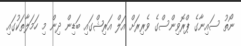
ނޯތު ސައިނާގެ ޕްރޮވިންސްގެ ވެރިރަށް އަލް އަރިޝްގައި ބަޑިން ދިން މި ހަމަލާތަކުގައި